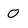
Character: O